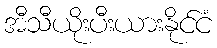
အီသီယိုးပီးယားနိုင်ငံ